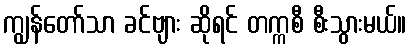
ကျွန်တော်သာ ခင်ဗျား ဆိုရင် တက္ကစီ စီးသွားမယ်။